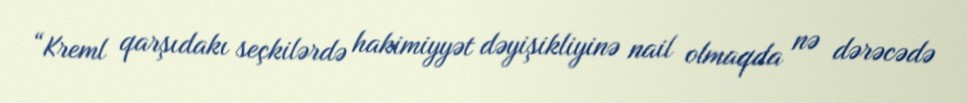
“Kreml qarşıdakı seçkilərdə hakimiyyət dəyişikliyinə nail olmaqda nə dərəcədə